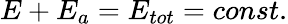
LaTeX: E+E_{a}=E_{tot}=const.